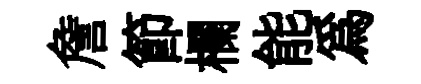
詹節欄能為